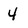
Character: 4